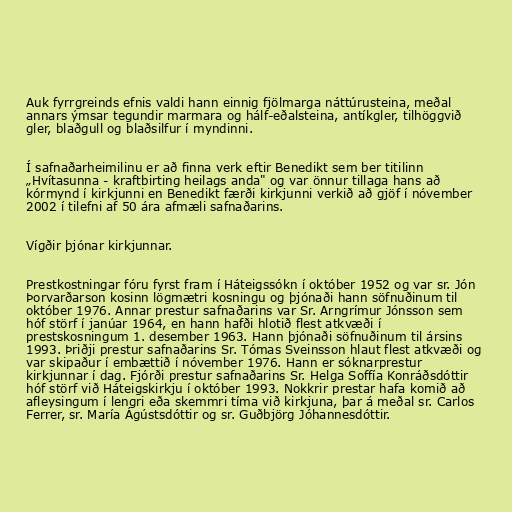
Auk fyrrgreinds efnis valdi hann einnig fjölmarga náttúrusteina, meðal
annars ýmsar tegundir marmara og hálf-eðalsteina, antíkgler, tilhöggvið
gler, blaðgull og blaðsilfur í myndinni.

Í safnaðarheimilinu er að finna verk eftir Benedikt sem ber titilinn
„Hvítasunna - kraftbirting heilags anda" og var önnur tillaga hans að
kórmynd í kirkjunni en Benedikt færði kirkjunni verkið að gjöf í nóvember
2002 í tilefni af 50 ára afmæli safnaðarins.

Vígðir þjónar kirkjunnar.

Prestkostningar fóru fyrst fram í Háteigssókn í október 1952 og var sr. Jón
Þorvarðarson kosinn lögmætri kosningu og þjónaði hann söfnuðinum til
október 1976. Annar prestur safnaðarins var Sr. Arngrímur Jónsson sem
hóf störf í janúar 1964, en hann hafði hlotið flest atkvæði í
prestskosningum 1. desember 1963. Hann þjónaði söfnuðinum til ársins
1993. Þriðji prestur safnaðarins Sr. Tómas Sveinsson hlaut flest atkvæði og
var skipaður í embættið í nóvember 1976. Hann er sóknarprestur
kirkjunnar í dag. Fjórði prestur safnaðarins Sr. Helga Soffía Konráðsdóttir
hóf störf við Háteigskirkju í október 1993. Nokkrir prestar hafa komið að
afleysingum í lengri eða skemmri tíma við kirkjuna, þar á meðal sr. Carlos
Ferrer, sr. María Ágústsdóttir og sr. Guðbjörg Jóhannesdóttir.